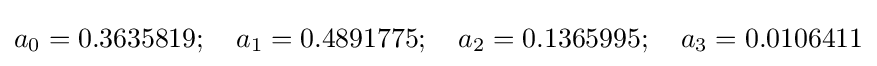
a_{0}=0.3635819;\quad a_{1}=0.4891775;\quad a_{2}=0.1365995;\quad a_{3}=0.0106411